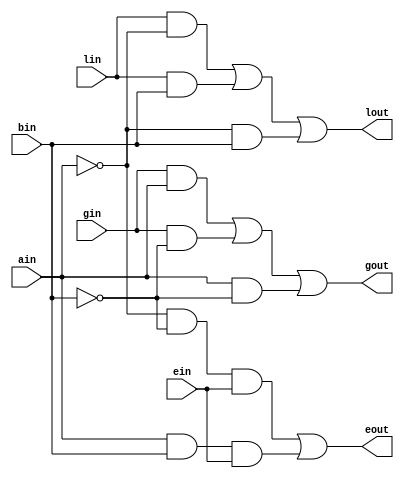
/* 1 Bit Full adder module */

module comparator_1 (gout, lout, eout, ain, bin, gin, lin, ein);
        
   input ain, bin, gin, lin, ein;   /* declaring inputs */
   output gout, lout, eout;         /* declaring outputs */
   
   /* calculating a > b */
   
   and a1 (t1, gin, ain);                   /* t1=gin.ain    */
   and a2 (t2, gin, ~bin);                  /* t2=gin.~bin   */
   and a3 (t3, ain, ~bin);                  /* t3=ain.~bin   */
   or  o1 (gout, t1, t2, t3);               /* gout=t1+t2+t3 */

   /* calculating calculating a < b */
   
   and a4 (t4, lin, ~ain);                  /* t4=lin.~ain   */
   and a5 (t5, lin, bin);                   /* t5=lin.bin    */
   and a6 (t6, ~ain, bin);                  /* t6=~ain.bin   */
   or o2  (lout, t4, t5, t6);               /* lout=t4,t5,t6 */
      
   /* calculating calcuating a == b */
   
   and a7 (t7, ~ain, ~bin, ein);            /* t7=~ain.~bin.ein */
   and a8 (t8, ain, bin, ein);              /* t8=ain.bin.ein   */
   or  o3 (eout, t7, t8);                   /* eout=t7+t8       */
   
endmodule     /* end of comparator_1 module */